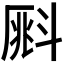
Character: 𣂀